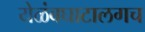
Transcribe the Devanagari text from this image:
येळंबघाटालगच